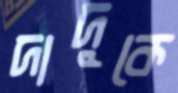
দাদুকে